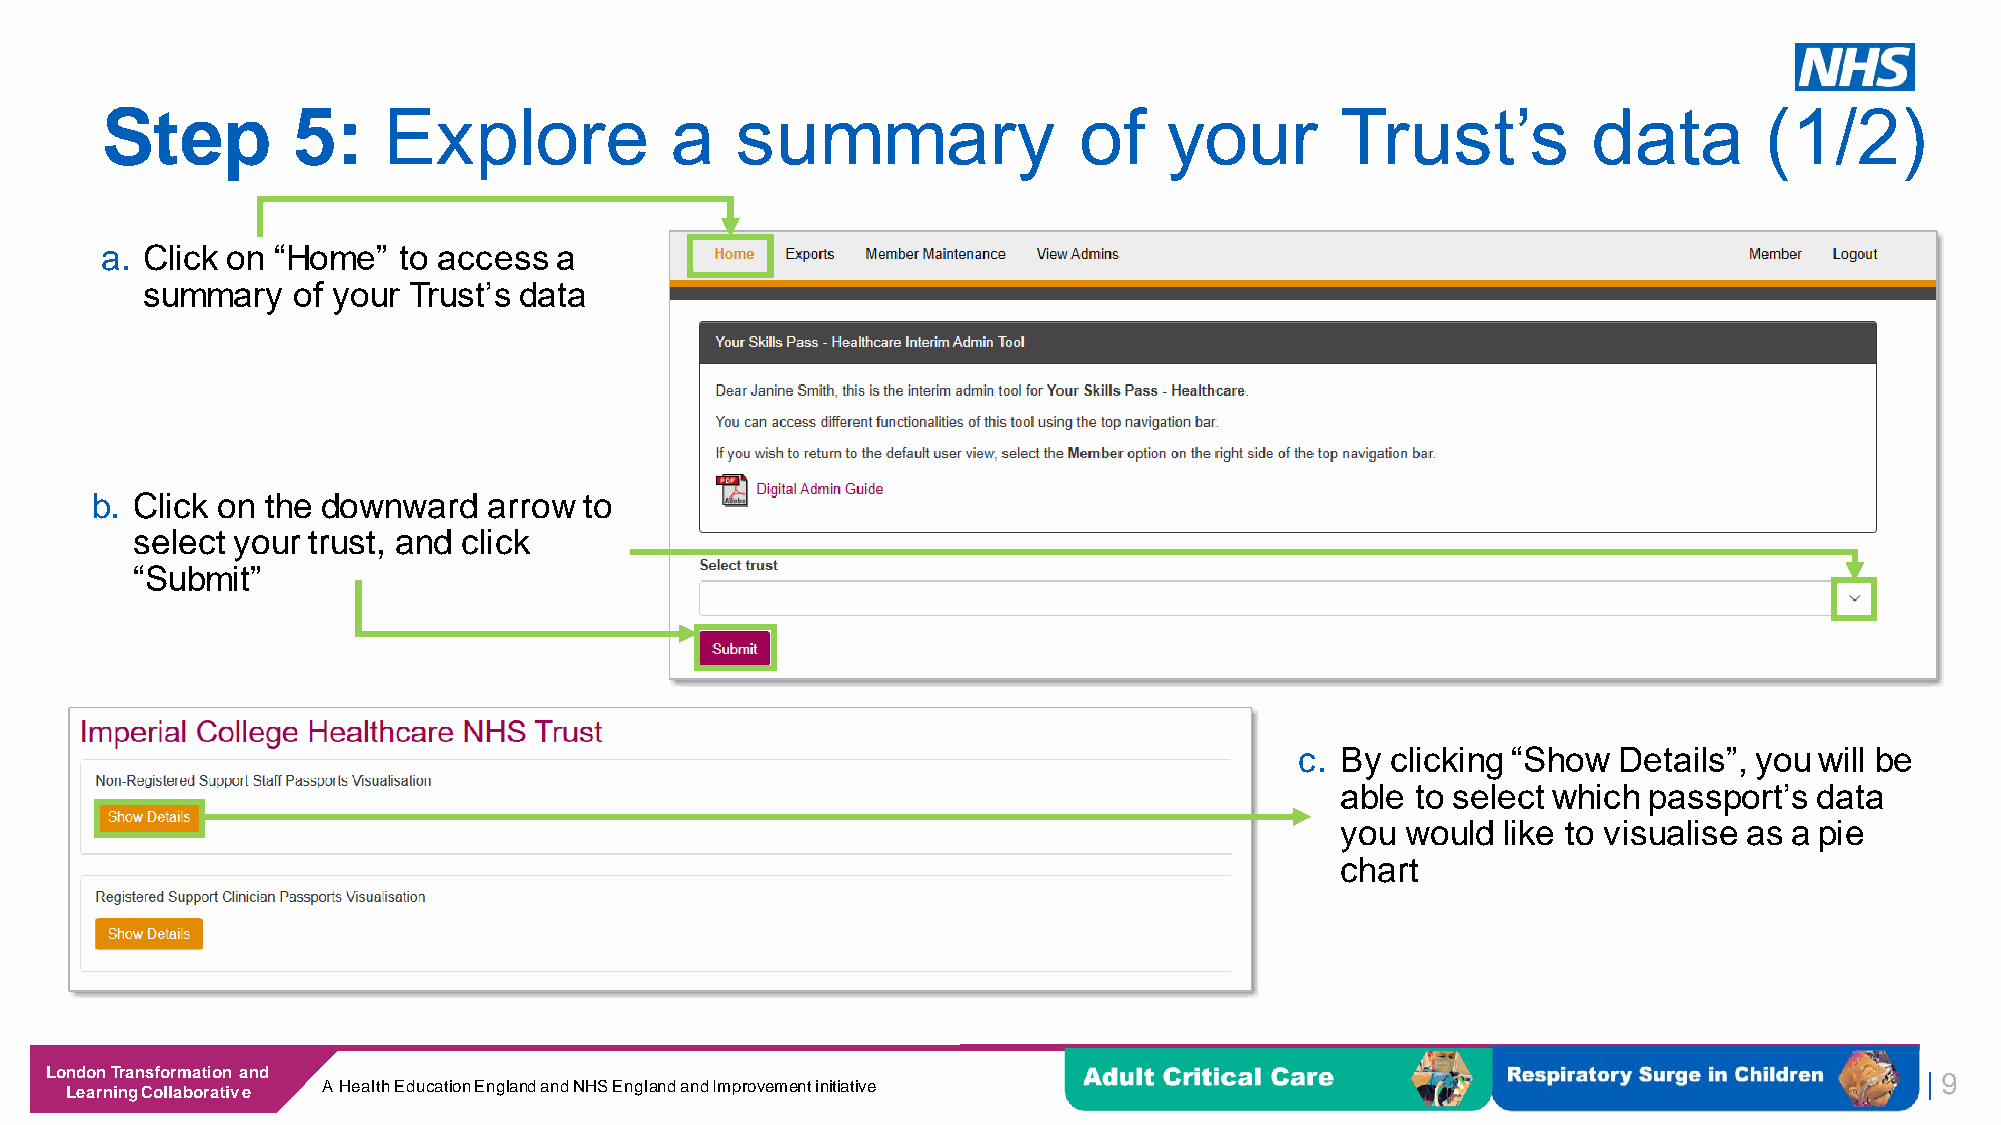
Step        5:    Explore            a    summary               of    your        Trust’s         data        (1/2)
 a. Click on “Home” to access  a
 summary   of your Trust’s data
 b. Click on the downward  arrow  to
 select your trust, and click
 “Submit”
 c. By clicking “Show Details”, you will be
 able to select which passport’s data
 you would like to visualise as a pie
 chart
 London Transformation and
 | 9
 Learning Collaborative A Health Education England and NHS England and Improvement initiative